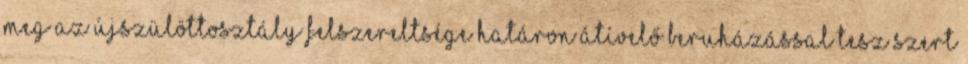
meg az újszülöttosztály felszereltsége Határon átívelő beruházással tesz szert